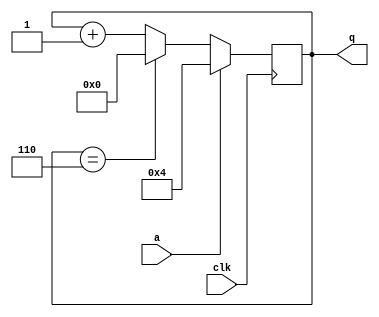
module top_module (
    input clk,
    input a,
    output reg [3:0] q );

    //counter
    //a6
    always@(posedge clk)begin
        if(a)
            q <= 4'd4;
        else 
            if(q == 4'd6)   q <= 4'd0;
            else    q <= q + 1;
    end

endmodule